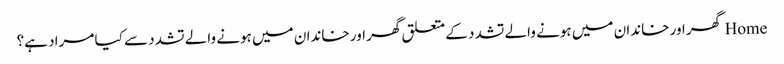
Home گھر اور خاندان میں ہونے والے تشدد کے متعلق گھر اور خاندان میں ہونے والے تشدد سے کیا مراد ہے؟